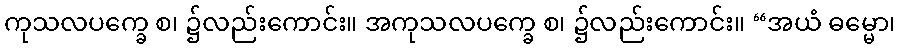
ကုသလပက္ခေ စ၊ ၌လည်းကောင်း။ အကုသလပက္ခေ စ၊ ၌လည်းကောင်း။ “အယံ ဓမ္မော၊